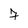
Character: 7